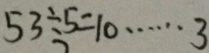
5 3 \div 5 = 1 0 \cdots 3